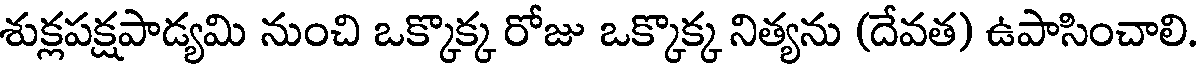
శుక్లపక్షపాడ్యమి నుంచి ఒక్కొక్క రోజు ఒక్కొక్క నిత్యను (దేవత) ఉపాసించాలి.